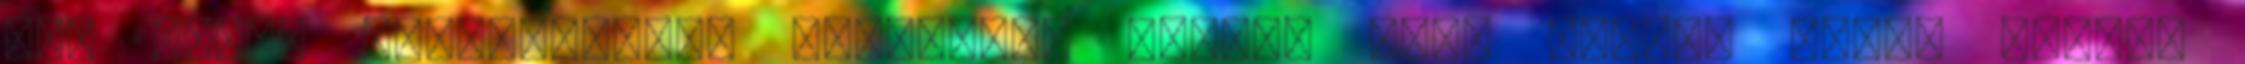
Hát vége: Rettenetesen sajnálom: Lehet, hogy úgysem nyert volna,